Vaccine operations Central Provinces 1868-1885 - 1868-1885
Year: 1868
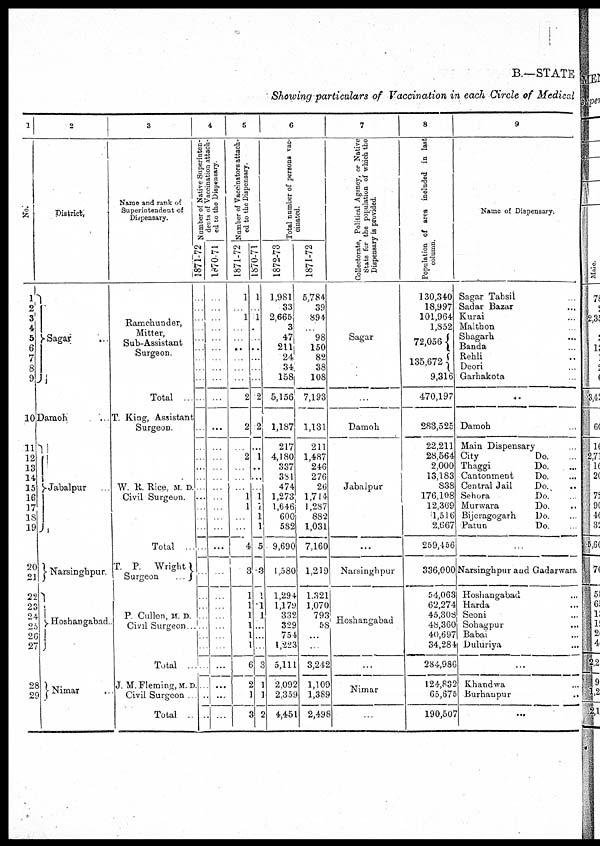
B.—STATE
Showing particulars of Vaccination in each Circle of Medical
1
No.
1
2
3'
4
5
6
7
8
9
10
11
12
13
14
15
16
17
18
19
20
21
22
23
24
25
26
27
28
29
2
District
Sagar ...
Damoh ...
Jabalpur
. .
Narsinghpur.
Hoshangabad.
Nimar ...
3
Name and rank of
Superintendent of
Dispensary.
Ramchunder,
Mitter,
Sub-Assistant
Surgeon.
Total
T. King, Assistant
Surgeon.
W. R. Rice, M. D.
Civil Surgeon.
Total .
T. P. Wright
Surgeon
P Cullen, M. D.
Civil Surgeon ..
Total
J. M. Fleming, M. D.
Civil Surgeon
Total .
4
Number of Native Superinten-
dents of Vaccination attach-
ed to the Dispensary.
1871-72
...
...
...
...
...
...
...
...
...
...
...
...
...
1
.
.
1870-71
...
...
...
...
...
...
...
...
...
...
...
...
..
...
.
.
...
...
...
...
5
Number of Vaccinators attach-
ed to the Dispensary.
1871-72
1
...
1
...
...
...
...
...
...
2
2
...
2
...
...
1
1
...
...
4
3
1
1
1
1
1
1
6
2
]
3
1870-71
1
...
1
...
...
...
...
...
...
2
2
1
..
...
1
1
1
1
5
3
1
1
1
...
...
...
3
1
1
2
6
Total number of persons vac¬
cinated.
1872-73
1,981
33
2,665
3
47
211
24
34
158
5,156
1,187
217
4,180
337
381
474
1,273
1,646
600
582
9,690
1,580
1,294
1,179
332
329
754
1,223
5,111
2,092
2,359
4,451
1871-72
5,784
39
894
...
98
150
82
38
108
7,193
1,131
211
1,487
246
276
26
1,714
1,287
882
1,031
7,160
1,219
1,321
1,070
793
58
...
...
3,242
1,109
l,389
2,498
7
Collectorate, Political Agency, or Native
State for the population of which the
Dispensary is provided.
Sagar.
...
Damoh
Jabalpur
...
Narsinghpur
Hoshangabad
...
Nimar
...
8
Population of area included in last
column.
130,340
18,997
101,964
1,852
72,056
135,672
9,316
470,197
283,525
22,211
28,564
2,000
13,183
838
176,108
12,369
11,516
2,667
259,456
336,000
54,063
62,274
45,308
48,360
40,697
34,284
284,986
124,832
65,675
190,507
9
Name of Dispensary.
Sagar Tahsil ..
Sadar Bazar ...
Kurai ...
Malthon .
Shagarh ...
Banda ...
Rehli ...
Deori
...
Garhakota .
...
Damoh ..
Main Dispensary
City
Do. ..
Thaggi
Do. ...
Cantonment
Do.
...
Central Jail
Do.
Sehora
Do. ...
Murwara
Do. ...
Bijeragogarh
Do. ...
Patun
Do. ...
Narsinghpur and Gadarwara.
Hoshangabad ...
Harda ...
Seoni ...
Sohagpur
...
Babai ...
Duluriya ...
...
Khandwa ...
Burhanpur
..
...